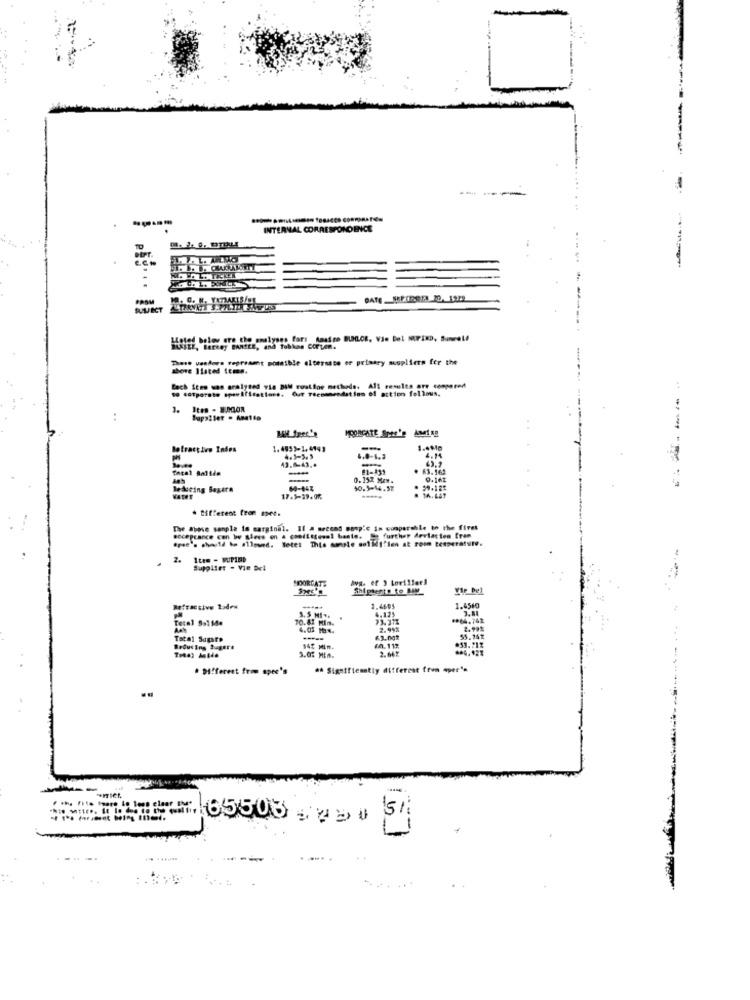
INTERNAL CORRESPONDENCE
PROM
M. C. N. YATAKIS/BR
Hotel below are the analyses fars Anafre BLMLOR, Vie Del MRPIND, Suneel!
These uesdors tepresent possible alternate er primary muupliers for the
above Isted tema.
to eatparate specifications. Our Teensaredation of action fel lous.
Each Sten was aralysed via DIM rustine methods. All results are compared
.----
:
Iten - B.000R
..
Botractivo Inden
1.4993-1,4143
43.6-43.
4.3-5.5
4.0-1.2
4.14
-
. 63.162
0. 152 Men.
9.142
leduring Begara
64-143
10.3-14.58
VATHT
17.3-39.9%
. Different from mee.
The above sanpla is carginal. Il a second sonp'E in comparable to the firet
acceptance con boy siees on a conditional baste. Se furthsp derlacien [ren
epee's should be allowed. Setel This sample solidifien at room temperature.
2.
Ites - WUPIED
Supplier - Vie Del
MOORGATE
Avg. ef ) Loriller!
Shiptests to My
Refractive Ladew
1.4605
4.125
1.4560
3.81
Total 5:11da
70.41 Min.
3.5 MI ..
23.31%
** 64.742
2.99%
2.99%
Total Sugare
-----
£3.00*
*53.21%
Browsing Sugere
$45 min.
1.112
2.64%
· Different from spec's
#* Signifiematly different from mper".
#the file inare Lo lens elaar IM*
65503 2, 51